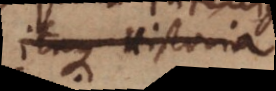
itaque Historia